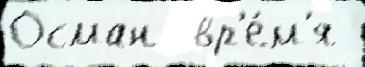
Осман  вр'е́м'я